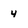
Character: 4